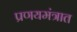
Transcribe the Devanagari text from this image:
प्रणयमंत्रात